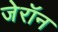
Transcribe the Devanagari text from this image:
जेरॉन